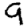
Digit: 9